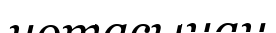
нотасынан